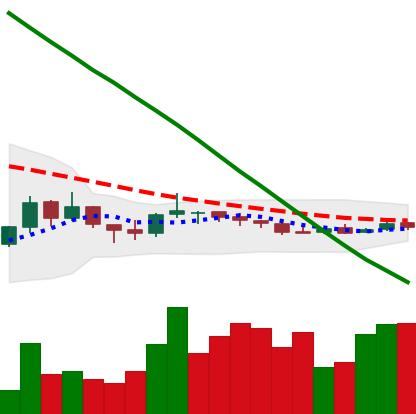
Ticker: NEO-USD
Chart end date: 2018-10-09
Forward return: -14.331%
Label: down_7plus